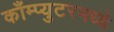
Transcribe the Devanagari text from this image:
काँम्प्युटरमध्ये